Annual report on the working of the lock hospitals in the North-Western Provinces and Oudh
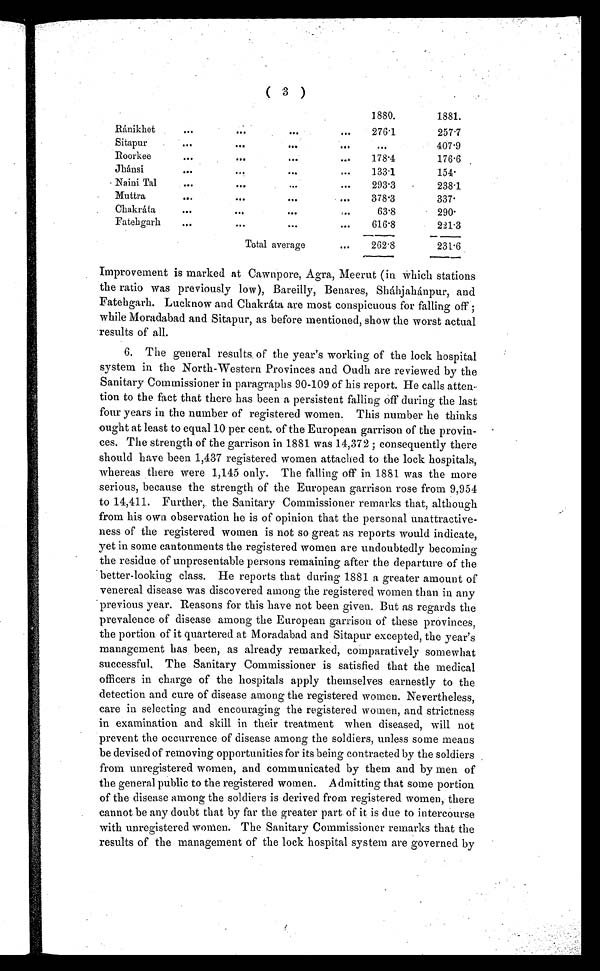
( 3 )
1880.
1881.
Ránikhet
...
. . .
. . .
...
276·1
257·7
Sitapur
...
. . .
. . .
. . .
. . .
407·9
Roorkee
. . .
. . .
. . .
. . .
178·4
176·6
Jhánsi
. . .
. . .
. . .
. . .
133·1
154·
Naini Tal
. . .
. . .
. . .
. . .
293·3
238·1
Muttra
. . .
. . .
. . .
. . .
378·3
337·
Chakráta
. . .
. . .
. . .
. . .
63·8
290·
Fatehgarh
. . .
. . .
...
. . .
616·8
221·3
Total average
. . .
262·8
231·6
Improvement is marked at Cawnpore, Agra, Meerut (in which stations
the ratio was previously low), Bareilly, Benares, Shájahánpur, and
Fatehgarh. Lucknow and Chakráta are most conspicuous for falling off;
while Moradabad and Sitapur, as before mentioned, show the worst actual
results of all.
6. The general results of' the year's working of the lock hospital
system in the North-Western Provinces and Oudh are reviewed by the
Sanitary Commissioner in paragraphs 90-109 of his report. He calls atten
-tion to the fact that there has been a persistent falling off during the last
four years in the number of registered women. This number he thinks
ought at least to equal 10 per cent. of the European garrison of the provin-
ces. The strength of the garrison in 1881 was 14,372; consequently there
should have been 1,437 registered women attached to the lock hospitals,
whereas there were 1,145 only. The falling off in 1881 was the more
serious, because the strength of the European garrison rose from 9,954
to 14,411. Further, the Sanitary Commissioner remarks that, although
from his own observation he is of opinion that the personal unattractive-
ness of the registered women is not so great as reports would indicate,
yet in some cantonments the registered women are undoubtedly becoming
the residue of unpresentable persons remaining after the departure of the
better-looking class. He reports that during 1881 a greater amount of
venereal disease was discovered among the registered women than in any
previous year. Reasons for this have not been given. But as regards the
prevalence of disease among the European garrison of these provinces,
the portion of it quartered at Moradabad and Sitapur excepted, the year's
management has been, as already remarked, comparatively somewhat
successful. The Sanitary Commissioner is satisfied that the medical
officers in charge of the hospitals apply themselves earnestly to the
detection and cure of disease among the registered women. Nevertheless,
care in selecting and encouraging the registered women, and strictness
in examination and skill in their treatment when diseased, will not
prevent the occurrence of disease among the soldiers, unless some means
be devised of removing opportunities for its being contracted by the soldiers
from unregistered women, and communicated by them and by men of
the general public to the registered women. Admitting that some portion
of the disease among the soldiers is derived from registered women, there
cannot be any doubt that by far the greater part of it is due to intercourse
with unregistered women. The Sanitary Commissioner remarks that the
results of the management of the lock hospital system are governed by